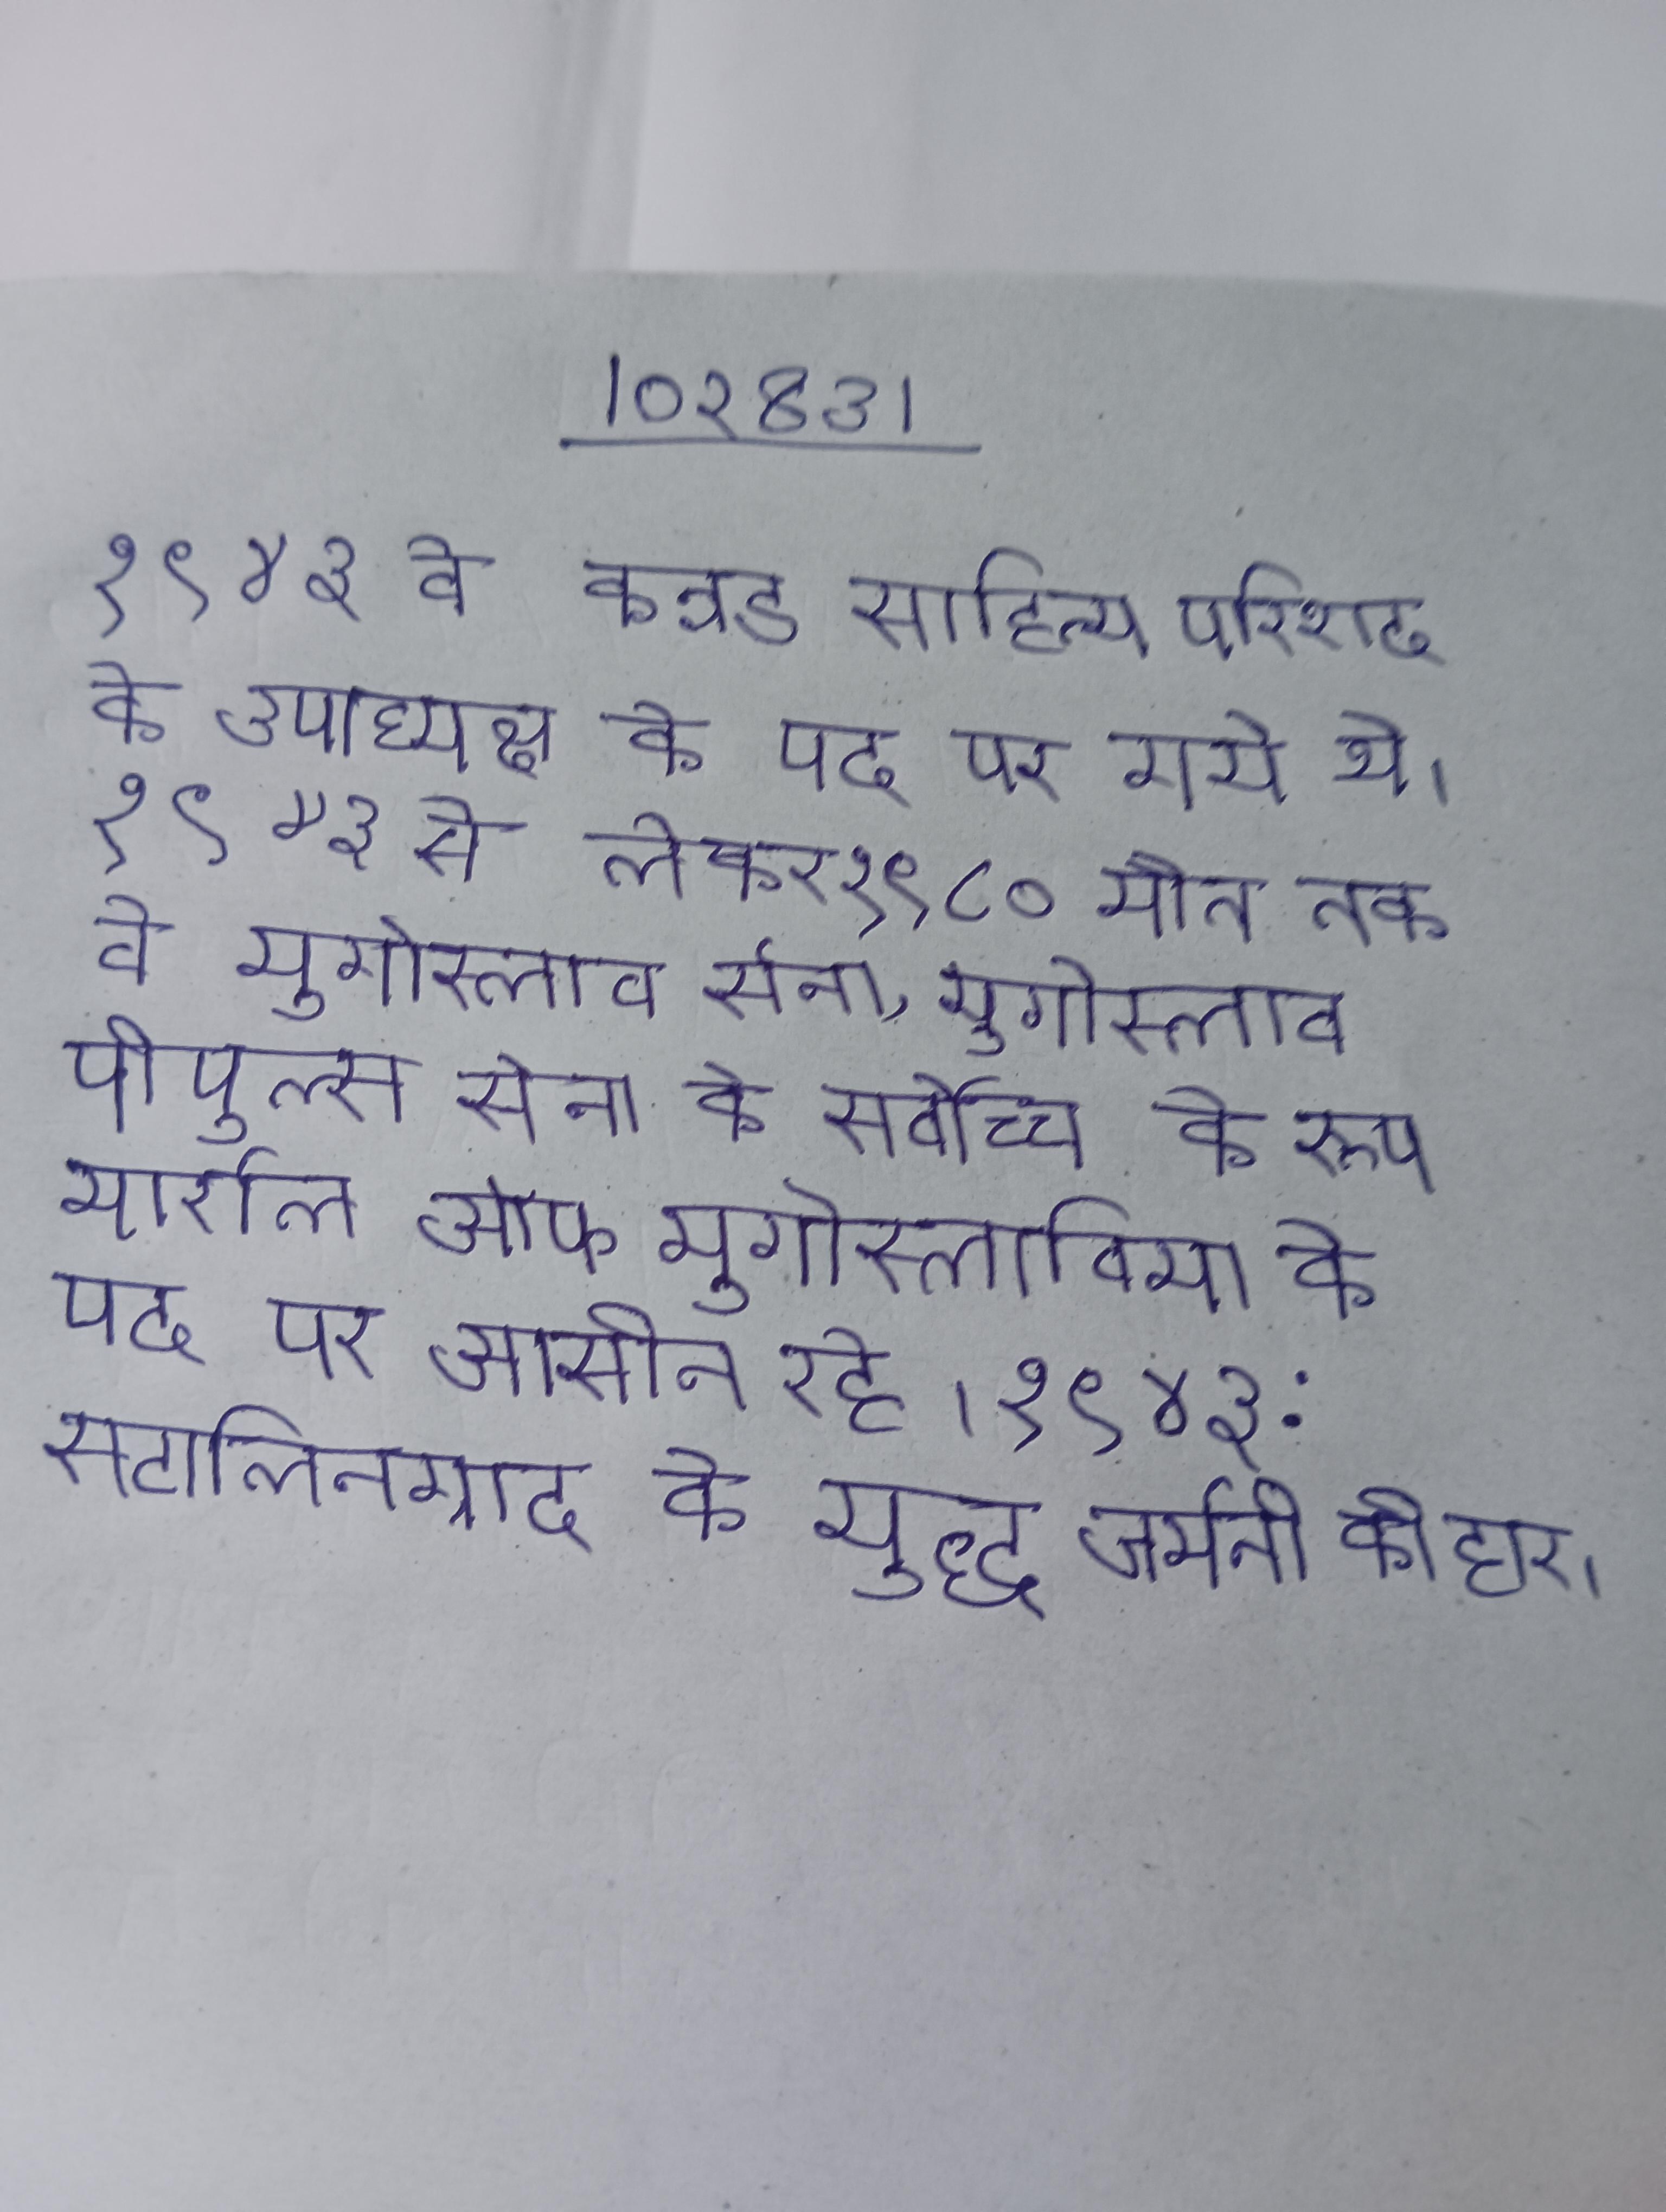
१९४३ वे कन्नड साहित्य परिशद के उपाध्यक्ष के पद पर गये थे । १९४३ से लेकर १९८० मौत तक वे युगोस्लाव सेना, युगोस्लाव पीपुल्स सेना के सर्वोच्च के रूप मार्शल ऑफ युगोस्लाविया के पद पर आसीन रहे । १९४३: स्टालिनग्राद के युद्ध जर्मनी की हार ।